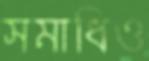
সমাধিও